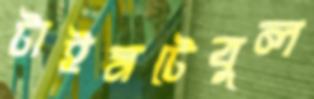
টাইমটেবুল